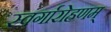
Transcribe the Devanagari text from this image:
स्वर्गारोहणम्